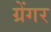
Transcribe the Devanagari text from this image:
ग्रेंगर